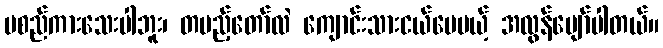
မစည်ကားသေးပါဘူး၊ တပည့်တော်လဲ ကျောင်းသားငယ်ပေမယ့် အလွန်ပျော်ပါတယ်။